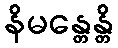
နိမန္တေန္တိ